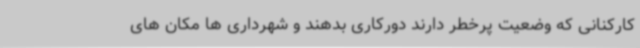
کارکنانی که وضعیت پرخطر دارند دورکاری بدهند و شهرداری ها مکان های